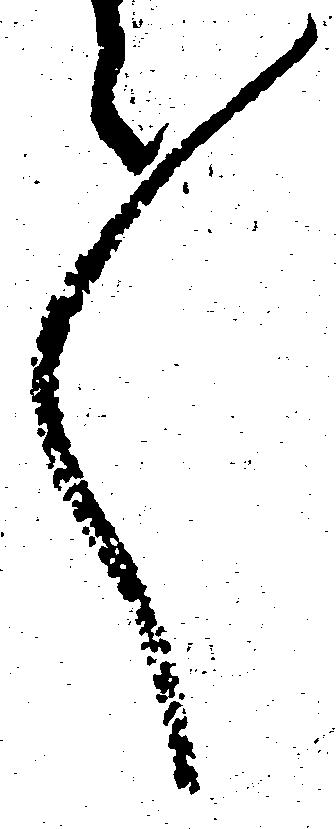
々